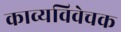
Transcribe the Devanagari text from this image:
काव्यविवेचक